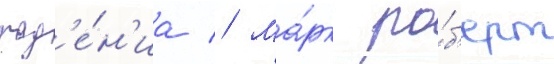
пад'е́н'иа // Ма́рк ро́б'ерт